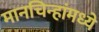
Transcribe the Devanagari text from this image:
मानचिन्हांमध्ये